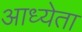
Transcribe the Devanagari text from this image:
आध्येता